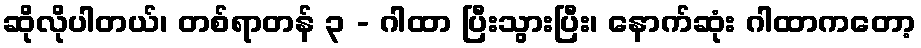
ဆိုလိုပါတယ်၊ တစ်ရာတန် ၃ - ဂါထာ ပြီးသွားပြီး၊ နောက်ဆုံး ဂါထာကတော့